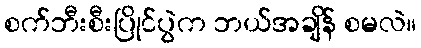
စက်ဘီးစီးပြိုင်ပွဲက ဘယ်အချိန် စမလဲ။